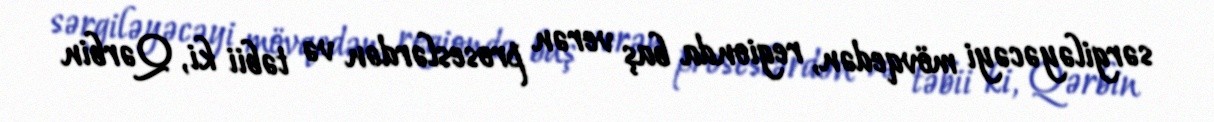
sərgiləyəcəyi mövqedən, regionda baş verən proseslərdən və təbii ki, Qərbin